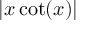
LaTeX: | x \cot ( x ) |